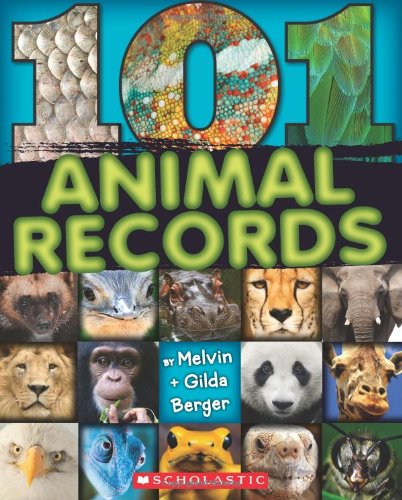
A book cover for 101 Animal Records; Melvin Berger; Children's Books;